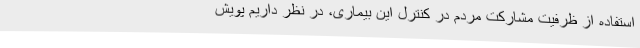
استفاده از ظرفیت مشارکت مردم در کنترل این بیماری، در نظر داریم پویش